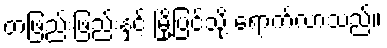
တဖြည်းဖြည်းနှင့် မြို့ပြင်သို့ ရောက်လာသည်။